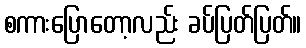
စကားပြောတော့လည်း ခပ်ပြတ်ပြတ်။